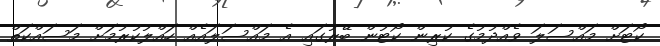
ކޯޓަށް މައްސަލަ ވެއްދުމުގެ ކުރިން ކޯޓުން ބޭރުގައި އެ މައްސަލައެއް ހައްލުކުރުމަށް މަސައްކަތް